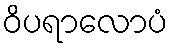
ဝိပရာလောပံ